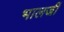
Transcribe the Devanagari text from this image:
भालजीं